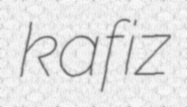
kafiz